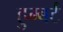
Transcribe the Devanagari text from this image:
हुम्बर्ट